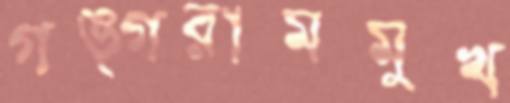
গঙ্গরামমুখ